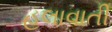
હલાવાતી